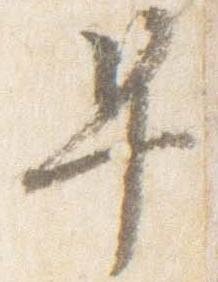
早